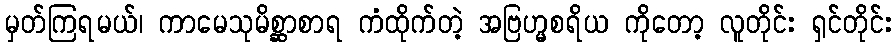
မှတ်ကြရမယ်၊ ကာမေသုမိစ္ဆာစာရ ကံထိုက်တဲ့ အဗြဟ္မစရိယ ကိုတော့ လူတိုင်း ရှင်တိုင်း